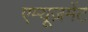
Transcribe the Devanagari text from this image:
एम्यूज़मेंट